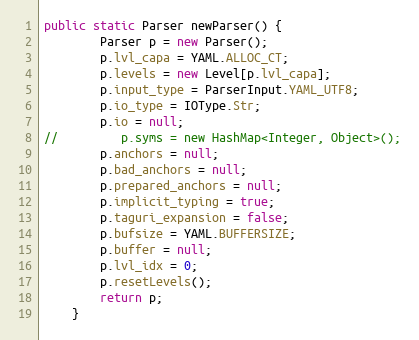
Language: Java
public static Parser newParser() {
        Parser p = new Parser();
        p.lvl_capa = YAML.ALLOC_CT;
        p.levels = new Level[p.lvl_capa];
        p.input_type = ParserInput.YAML_UTF8;
        p.io_type = IOType.Str;
        p.io = null;
//         p.syms = new HashMap<Integer, Object>();
        p.anchors = null;
        p.bad_anchors = null;
        p.prepared_anchors = null;
        p.implicit_typing = true;
        p.taguri_expansion = false;
        p.bufsize = YAML.BUFFERSIZE;
        p.buffer = null;
        p.lvl_idx = 0;
        p.resetLevels();
        return p;
    }